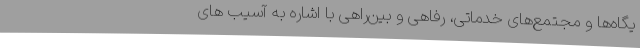
یگاه‌ها و مجتمع‌های خدماتی، رفاهی و بین‌راهی با اشاره به آسیب های